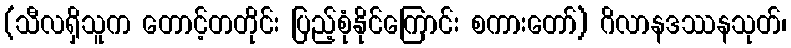
(သီလရှိသူက တောင့်တတိုင်း ပြည့်စုံနိုင်ကြောင်း စကားတော်) ဂိလာနဒဿနသုတ်၊